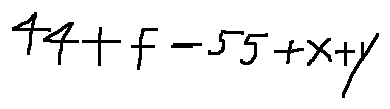
4 4 + f = 5 5 + x + y